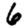
Digit: 6